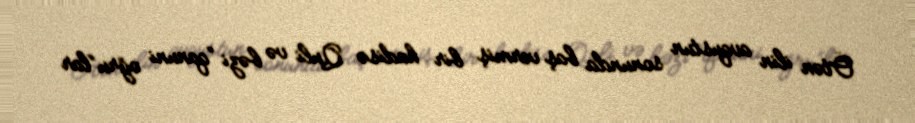
Ötən ilin avqustun sonunda baş vermiş bir hadisə Quli və bəzi “qanuni oğru”lar